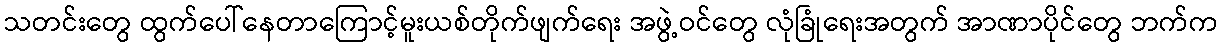
သတင်းတွေ ထွက်ပေါ်နေတာကြောင့်မူးယစ်တိုက်ဖျက်ရေး အဖွဲ့ဝင်တွေ လုံခြုံရေးအတွက် အာဏာပိုင်တွေ ဘက်က